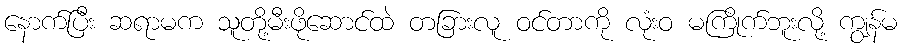
နောက်ပြီး ဆရာမက သူတို့မီးဖိုဆောင်ထဲ တခြားလူ ဝင်တာကို လုံးဝ မကြိုက်ဘူးလို့ ကျွန်မ